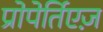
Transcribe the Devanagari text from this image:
प्रोपेर्तिएज़